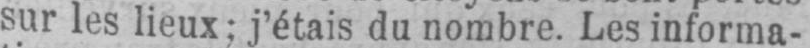
sur les lieux; j’étais du nombre. Les informa-